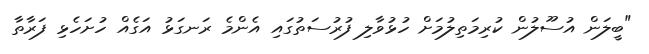
"ބީލަން އުސޫލުން ކުރިމަތިލުމަށް ހުޅުވާލި ފުރުސަތުގައި އެންމެ ރަނގަޅު އަގެއް ހުށަހެޅި ފަރާތާ